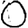
Digit: 0